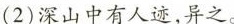
(2)深山中有人迹，异之。